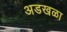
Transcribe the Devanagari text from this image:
अडखळा